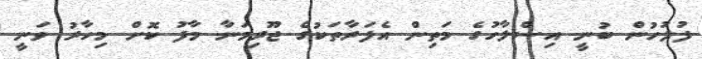
ފުލުހުން ބުނީ އިސްލާހުގެ މަތިން އެފަރާތަކުގެ ޖޫރިމަނާ މާފު ކޮށް މިހާރު ވަނީ